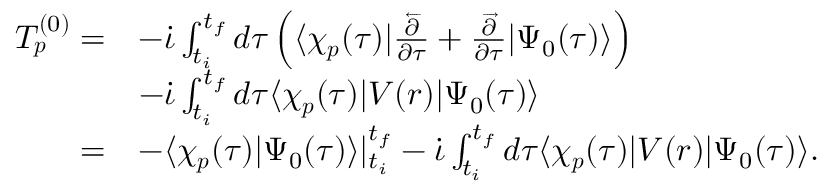
\begin{array} { r l } { T _ { \boldsymbol { p } } ^ { ( 0 ) } = } & { - \dot { \iota } \int _ { t _ { i } } ^ { t _ { f } } d \tau \left( \langle \chi _ { \boldsymbol { p } } ( \tau ) | \frac { \overleftarrow { \partial } } { \partial \tau } + \frac { \overrightarrow { \partial } } { \partial \tau } | \Psi _ { 0 } ( \tau ) \rangle \right) } \\ & { - \dot { \iota } \int _ { t _ { i } } ^ { t _ { f } } d \tau \langle \chi _ { \boldsymbol { p } } ( \tau ) | V ( \boldsymbol { r } ) | \Psi _ { 0 } ( \tau ) \rangle } \\ { = } & { - \langle \chi _ { \boldsymbol { p } } ( \tau ) | \Psi _ { 0 } ( \tau ) \rangle | _ { t _ { i } } ^ { t _ { f } } - \dot { \iota } \int _ { t _ { i } } ^ { t _ { f } } d \tau \langle \chi _ { \boldsymbol { p } } ( \tau ) | V ( \boldsymbol { r } ) | \Psi _ { 0 } ( \tau ) \rangle . } \end{array}